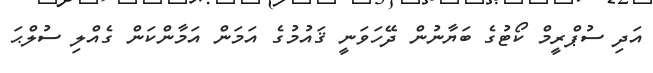
އަދި ސުޕްރީމް ކޯޓުގެ ބަޔާނުން ދޭހަވަނީ ޤައުމުގެ އަމަން އަމާންކަން ގެއްލި ސުލްޙަ